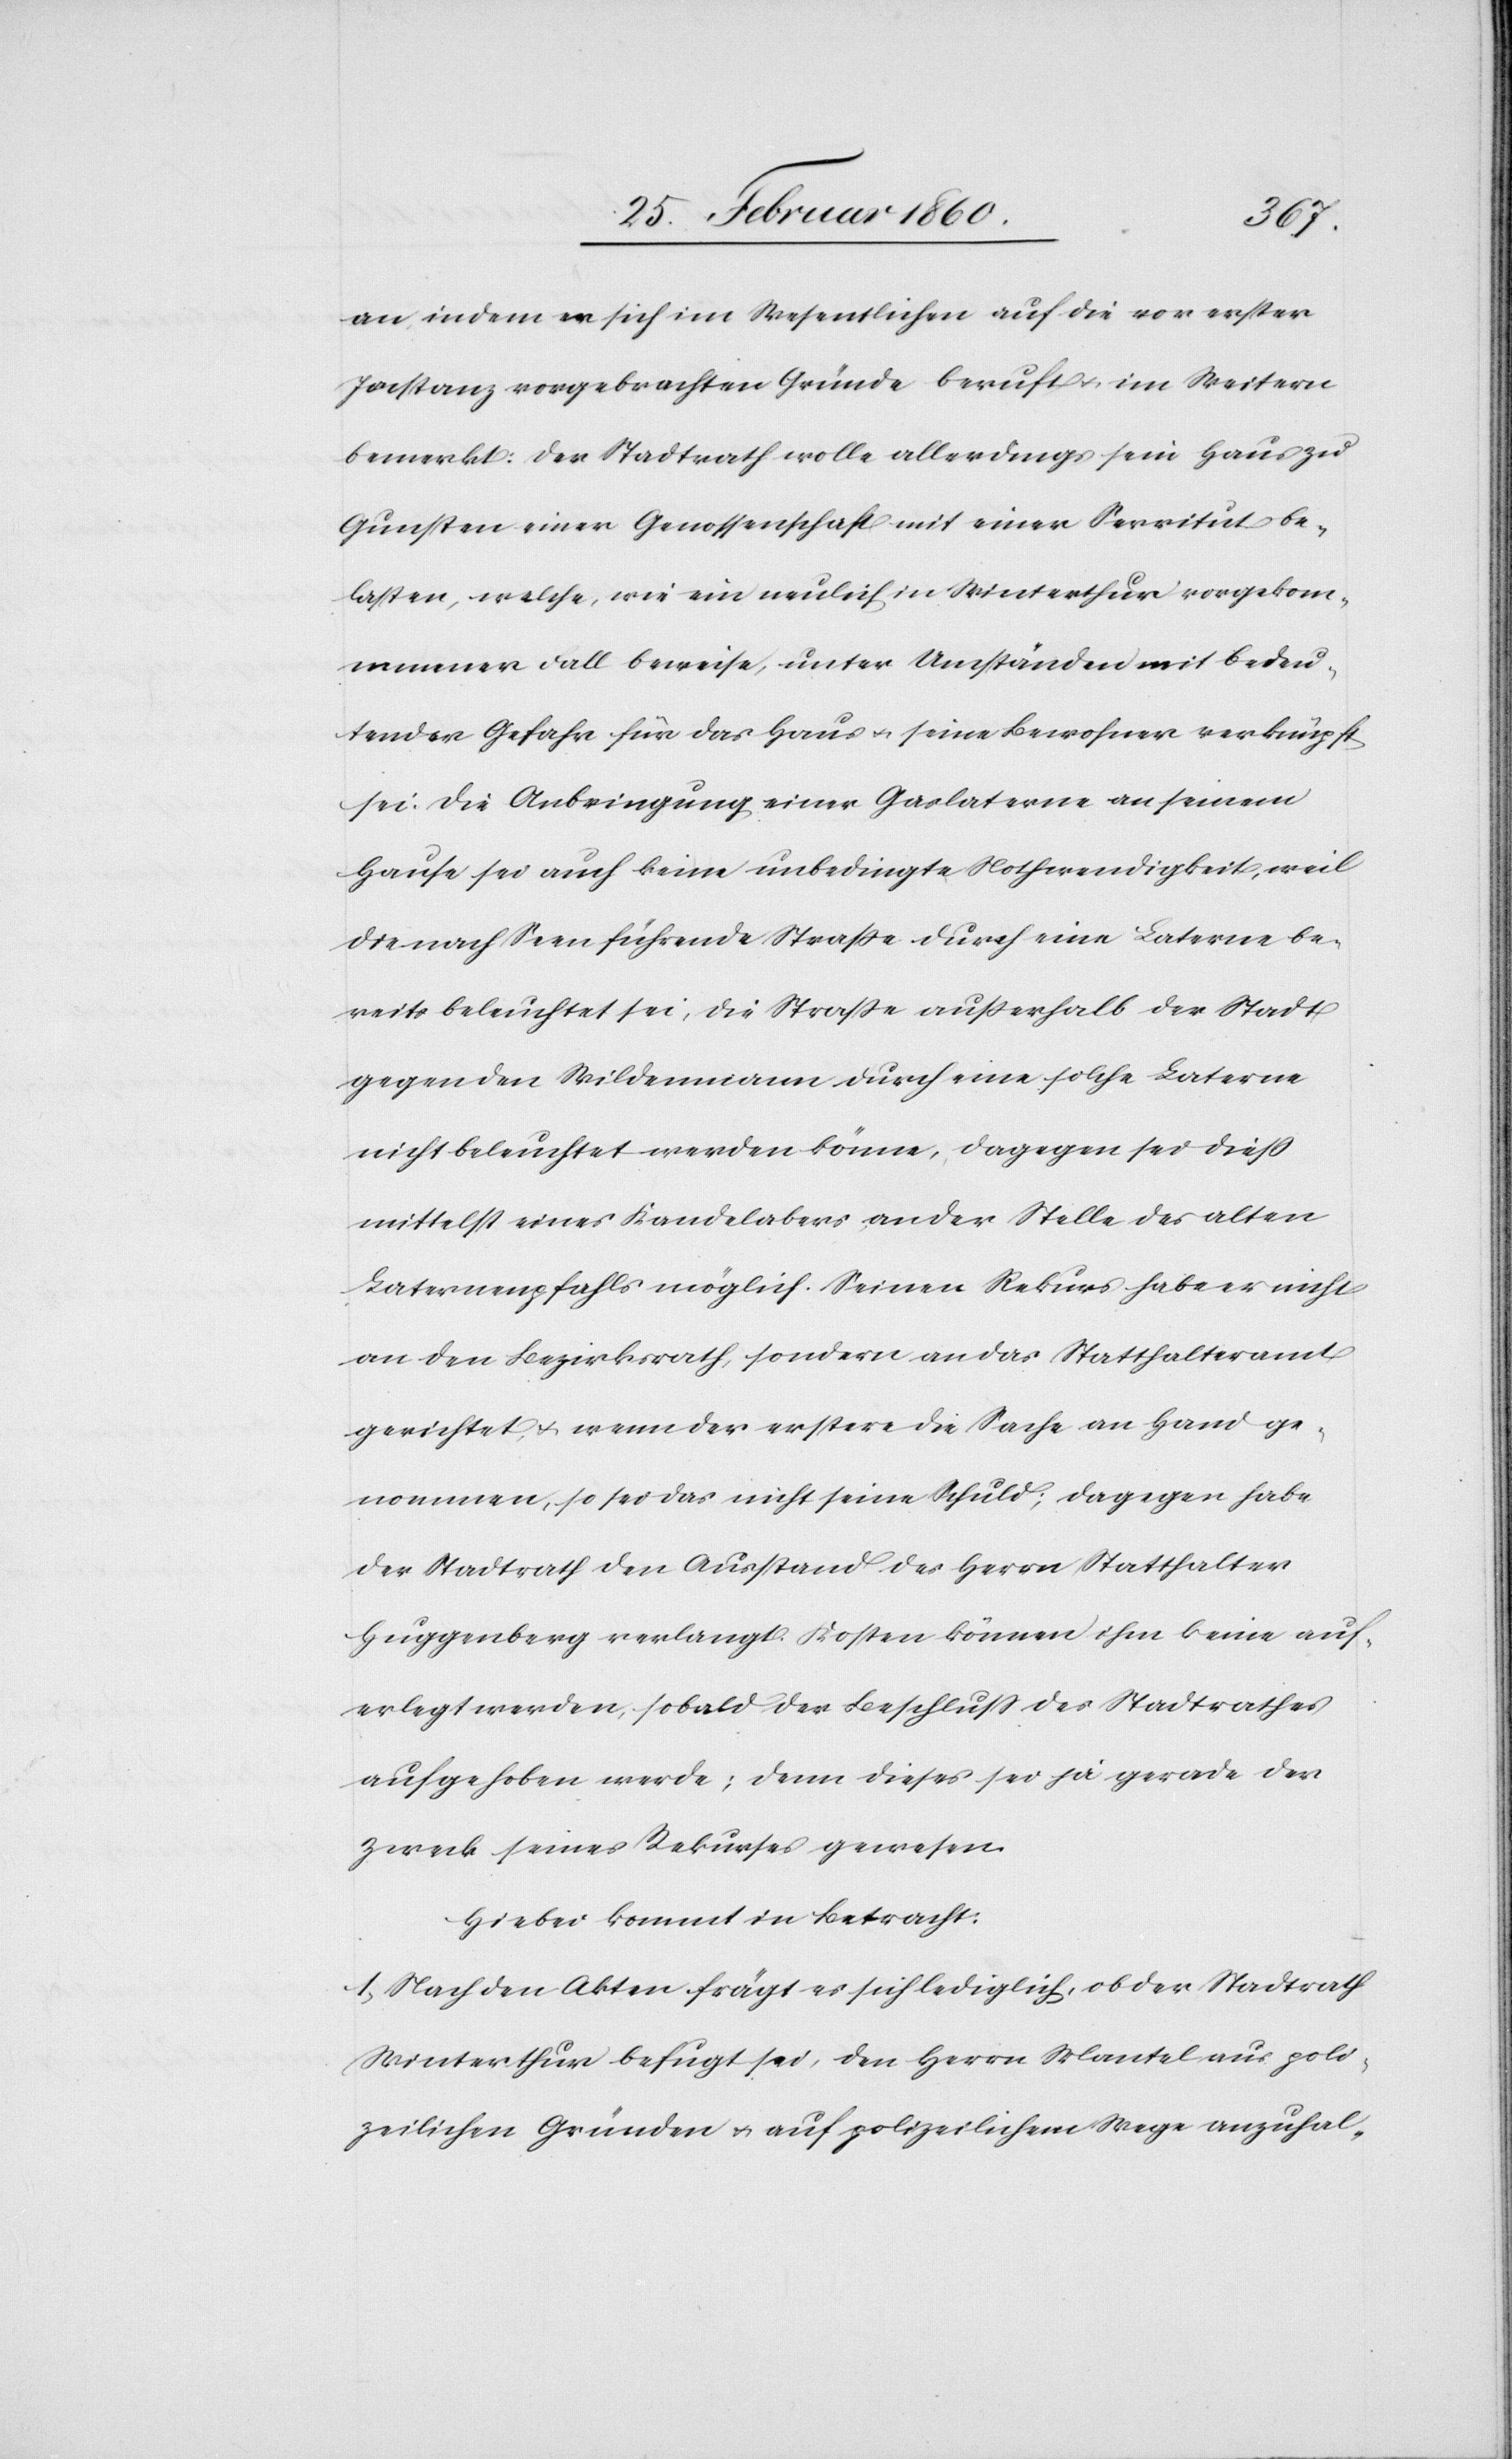
an, indem er sich im Wesentlichen auf die vor erster
Instanz vorgebrachten Gründe beruft u. im Weitern
bemerkt,: der Stadtrath wolle allerdings sein Haus zu
Gunsten einer Genossenschaft mit einer Servitut be¬
lasten, welche, wie ein neulich in Winterthur vorgekom¬
mener Fall beweise, unter Umständen mit bedeu¬
tender Gefahr für das Haus u. seine Bewohner verknüpft
sei. Die Anbringung einer Gaslaterne an seinem
Hause sei auch keine unbedingte Nothwendigkeit, weil
die nach Seen führende Strasse durch eine Laterne be¬
reits beleuchtet sei, die Strasse ausserhalb der Stadt
gegen den Wildenmann durch eine solche Laterne
nicht beleuchtet werden könne, dagegen sei dieses
mittelst eines Kandelabers an der Stelle des alten
Laternenpfahls möglich. Seinen Rekurs habe er nicht
an den Bezirksrath, sondern an das Statthalteramt
gerichtet, u. wenn der erstere die Sache in Hand ge¬
nommen, so sei das nicht seine Schuld; dagegen habe
der Stadtrath den Ausstand des Herrn Statthalter
Huggenberg verlangt. Kosten können ihm keine auf¬
erlegt werden, sobald der Beschluss des Stadtrathes
aufgehoben werde; denn dieses sei ja gerade der
Zweck seines Rekurses gewesen.
Hiebei kommt in Betracht:
1. Nach den Akten frägt es sich lediglich, ob der Stadtrath
Winterthur befugt sei, den Herrn Mantel aus poli¬
zeilichen Gründen u. auf polizeilichem Wege anzuhal-